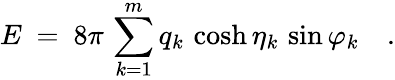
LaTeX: E\ =\ 8\pi\, \sum_{k=1}^{m}q_{k}\, \cosh\eta_{k}\, \sin\varphi_{k}\quad.